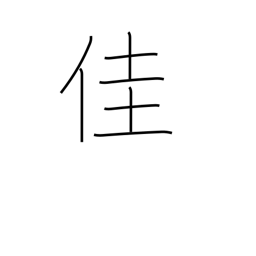
Meaning: excellent